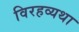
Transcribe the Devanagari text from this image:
विरहव्यथा